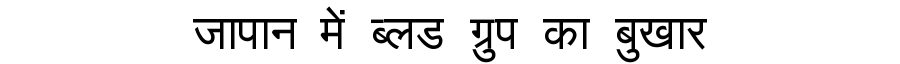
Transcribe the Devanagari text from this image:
जापान में ब्लड ग्रुप का बुखार